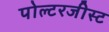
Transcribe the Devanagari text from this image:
पोल्टरजीस्ट